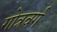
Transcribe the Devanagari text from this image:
गोत्रवर्ग